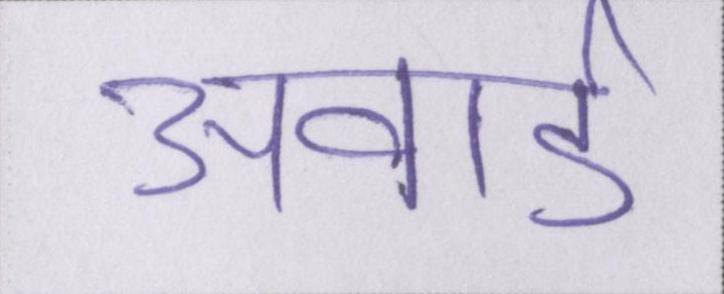
अवार्ड